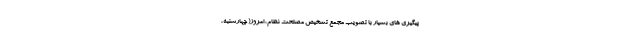
پیگیری های بسیار با تصویب مجمع تشخیص مصلحت نظام، امروز( چهارشنبه،